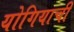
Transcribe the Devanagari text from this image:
योगियाची